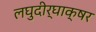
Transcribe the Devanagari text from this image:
लघुदीर्घाक्षर